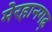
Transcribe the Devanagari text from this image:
मेरहानगढ़